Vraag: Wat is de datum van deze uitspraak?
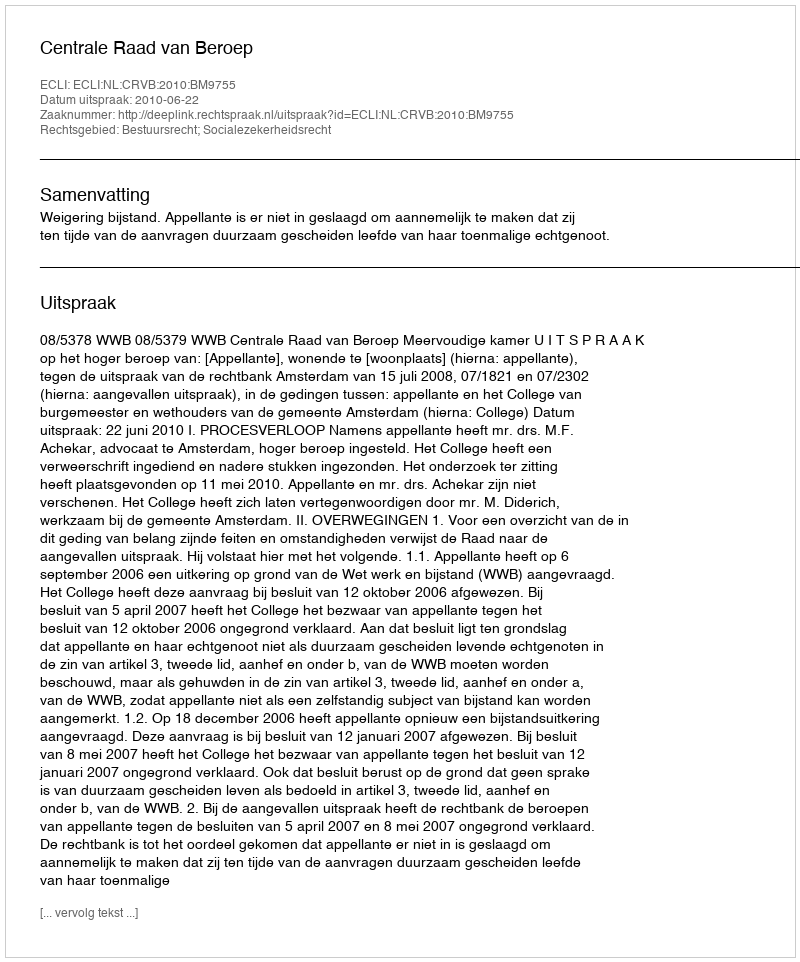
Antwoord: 2010-06-22